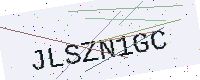
Text: JLSZN1GC